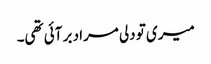
میری تو دلی مراد بر آئی تھی۔